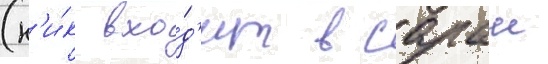
(н'и́к вхо́д'ит в сараи